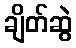
ချိတ်ဆွဲ